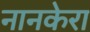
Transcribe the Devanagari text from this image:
नानकेरा